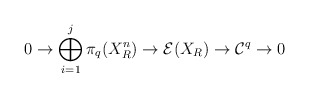
\begin{align*} 0 \to \bigoplus_{i=1}^{j}\pi_{q}(X^{n}_R) \to \mathcal{E}(X_R) \to \mathcal{C}^{q} \to 0 \end{align*}